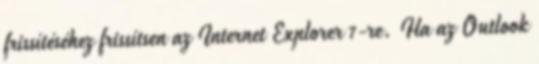
frissítéséhez frissítsen az Internet Explorer 7-re. Ha az Outlook